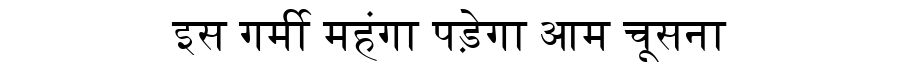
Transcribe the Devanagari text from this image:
इस गर्मी महंगा पड़ेगा आम चूसना